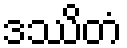
ဒဿိတံ